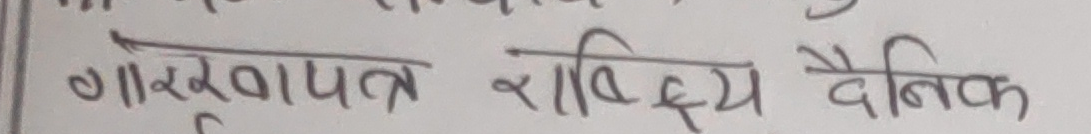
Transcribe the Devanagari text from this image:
गाेरखापत्र राष्ट्रिय दैनिक